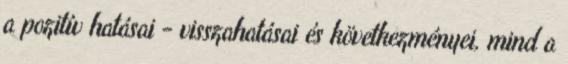
a pozitív hatásai - visszahatásai és következményei, mind a